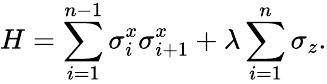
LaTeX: H=\sum_{i=1}^{n-1}\sigma_{i}^{x}\sigma_{i+1}^{x}+\lambda\sum_{i=1}^{n}\sigma_{z}.